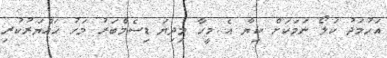
އަހުމަދު ކަލޯ ނަމަކަށް ކިޔާ އެ މީހާ މިދިޔަ ޑިސެމްބަރު މަހު ހައްޔަރުކުރި